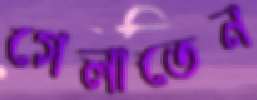
গেলাতেন